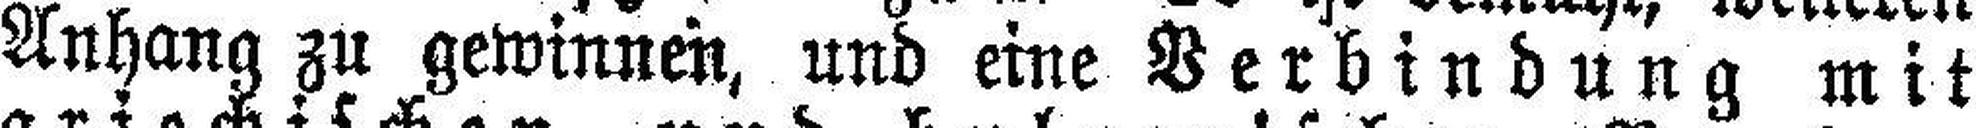
Anhang zu gewinnen, und eine Verbindung mit